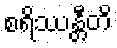
စရိဿန္တီတိ